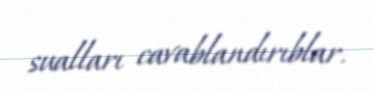
sualları cavablandırıblar.